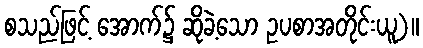
စသည်ဖြင့် အောက်၌ ဆိုခဲ့သော ဥပစာအတိုင်းယူ)။